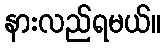
နားလည်ရမယ်။